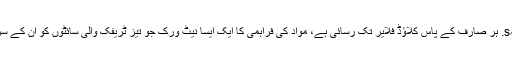
آپ ان کے ساتھ جانے سے بہتر ہیں VPS یا سرشار سرور منصوبہs. ہر صارف کے پاس کلاؤڈ فلایر تک رسائی ہے، مواد کی فراہمی کا ایک ایسا نیٹ ورک جو تیز ٹریفک والی سائٹوں کو ان کے سرور کو چلانے اور اپنی ویب سائٹ کو تیز چلانے میں مدد کرتا ہے۔